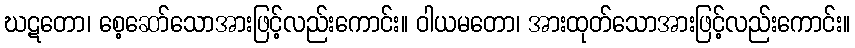
ဃဋတော၊ စေ့ဆော်သောအားဖြင့်လည်းကောင်း။ ဝါယမတော၊ အားထုတ်သောအားဖြင့်လည်းကောင်း။